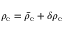
\rho _ { \mathrm { e } } = \bar { \rho } _ { \mathrm { e } } + \delta \rho _ { \mathrm { e } }